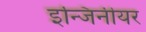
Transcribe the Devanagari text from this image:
इन्जिनीयर